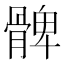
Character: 髀